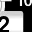
Digit: 2